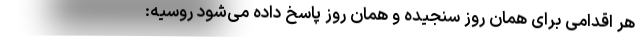
هر اقدامی برای همان روز سنجیده و همان روز پاسخ داده می‌شود روسیه: